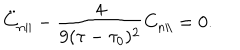
\ddot { C } _ { n \parallel } - \frac { 4 } { 9 ( \tau - \tau _ { 0 } ) ^ { 2 } } C _ { n \parallel } = 0 .